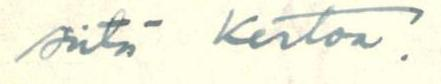
siitä kertoa!